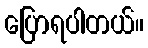
ပြောရပါတယ်။